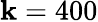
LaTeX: \mathbf{k}=400